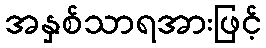
အနှစ်သာရအားဖြင့်